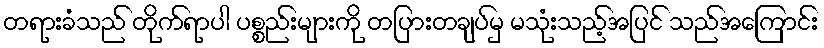
တရားခံသည် တိုက်ရာပါ ပစ္စည်းများကို တပြားတချပ်မှ မသုံးသည့်အပြင် သည်အကြောင်း